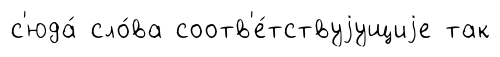
с'юда́ сло́ва соотв'е́тствуjущиjе так